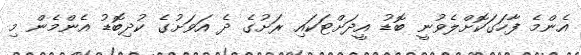
އެންމެ ފާހަގަކޮށްލެވުނީ ބޮޑު އީދަށްޓަކައި ރަށުގެ ދެ އަވަށުގެ ކުދިބޮޑު އެންމެން މި